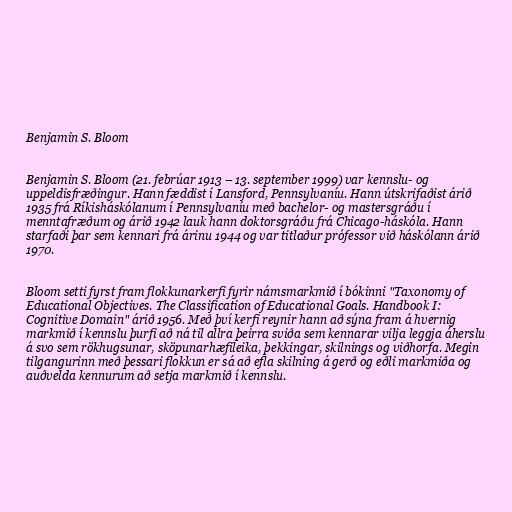
Benjamin S. Bloom

Benjamin S. Bloom (21. febrúar 1913 – 13. september 1999) var kennslu- og
uppeldisfræðingur. Hann fæddist í Lansford, Pennsylvaníu. Hann útskrifaðist árið
1935 frá Ríkisháskólanum í Pennsylvaníu með bachelor- og mastersgráðu í
menntafræðum og árið 1942 lauk hann doktorsgráðu frá Chicago-háskóla. Hann
starfaði þar sem kennari frá árinu 1944 og var titlaður prófessor við háskólann árið
1970.

Bloom setti fyrst fram flokkunarkerfi fyrir námsmarkmið í bókinni "Taxonomy of
Educational Objectives. The Classification of Educational Goals. Handbook I:
Cognitive Domain" árið 1956. Með því kerfi reynir hann að sýna fram á hvernig
markmið í kennslu þurfi að ná til allra þeirra sviða sem kennarar vilja leggja áherslu
á svo sem rökhugsunar, sköpunarhæfileika, þekkingar, skilnings og viðhorfa. Megin
tilgangurinn með þessari flokkun er sá að efla skilning á gerð og eðli markmiða og
auðvelda kennurum að setja markmið í kennslu.